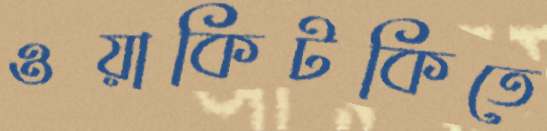
ওয়াকিটকিতে